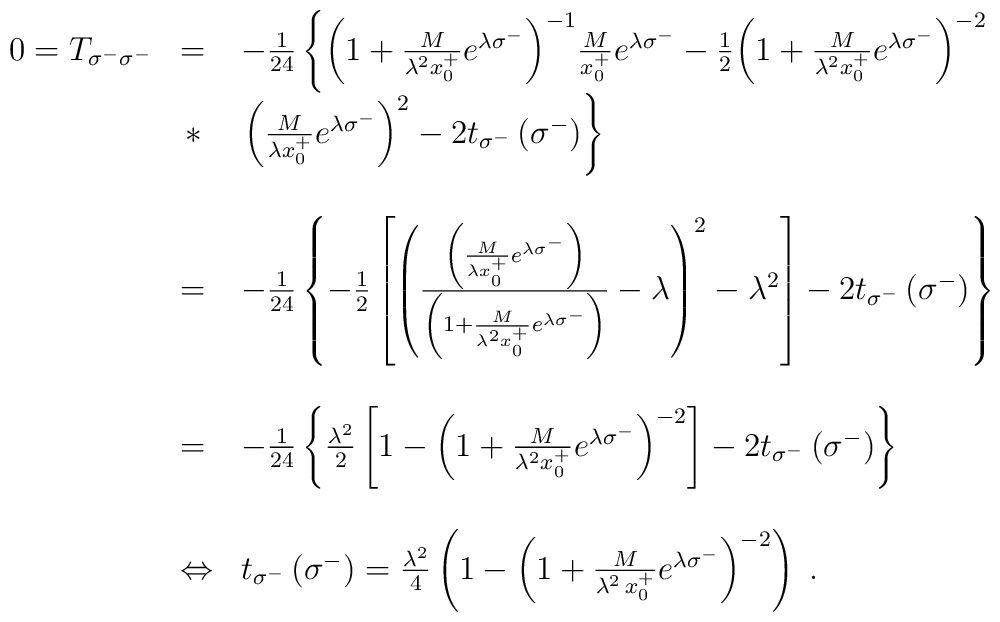
\begin{array}{lll}0=T_{\sigma^-\sigma^-}&=&-{1\over24}\left\{{\left(1+{M\over{\lambda^2x_0^+}}e^{\lambda\sigma^-}\right)}^{-1}{M\over x_0^+}e^{\lambda\sigma^-}-{1\over2}{\left(1+{M\over{\lambda^2x_0^+}}e^{\lambda\sigma^-}\right)}^{-2}\right.\\\ &\,*&\left.{\left({M\over{\lambda x_0^+}}e^{\lambda\sigma^-}\right)}^2-2t_{\sigma^-}\left(\sigma^-\right)\right\}\\\\\ &=&-{1\over24}\left\{-{1\over2}\left[{\left(\frac{\left({M\over{\lambda x_0^+}}e^{\lambda\sigma^-}\right)}{\left(1+{M\over{\lambda^2x_0^+}}e^{\lambda\sigma^-}\right)}-\lambda\right)}^2-\lambda^2\right]-2t_{\sigma^-}\left(\sigma^-\right)\right\}\\\\\ &=&-{1\over24}\left\{{\lambda^2\over2}\left[1-{\left(1+{M\over{\lambda^2x_0^+}}e^{\lambda\sigma^-}\right)}^{-2}\right]-2t_{\sigma^-}\left(\sigma^-\right)\right\}\\\\\ &\Leftrightarrow&t_{\sigma^-}\left(\sigma^-\right)={\lambda^2\over4}\left(1-{\left(1+{M\over{\lambda^2\,x^+_0}}e^{\lambda\sigma^-}\right)}^{-2}\right)\;.\end{array}